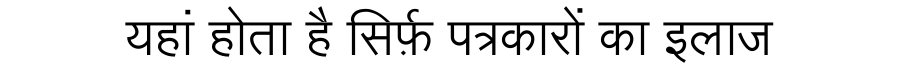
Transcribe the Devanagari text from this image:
यहां होता है सिर्फ़ पत्रकारों का इलाज